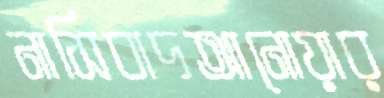
নাসিবাদআনোয়ার